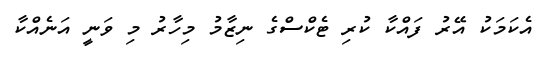
އެކަމަކު އޭރު ފައްކާ ކުރި ޓެކްސްގެ ނިޒާމު މިހާރު މި ވަނީ އަނެއްކާ